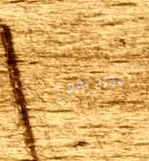
مخرج رقم ٢